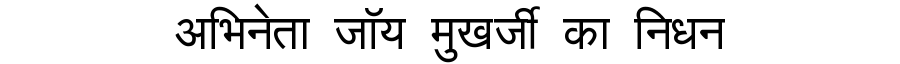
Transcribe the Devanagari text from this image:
अभिनेता जॉय मुखर्जी का निधन